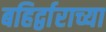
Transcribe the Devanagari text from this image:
बहिर्द्वाराच्या